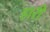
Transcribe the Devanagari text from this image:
हारीं